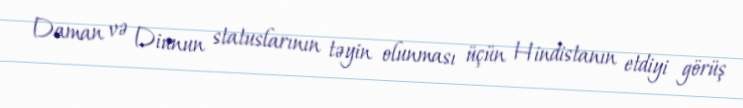
Daman və Diunun statuslarının təyin olunması üçün Hindistanın etdiyi görüş